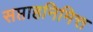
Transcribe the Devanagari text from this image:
सप्ताहनिमित्त